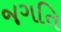
જગતિ